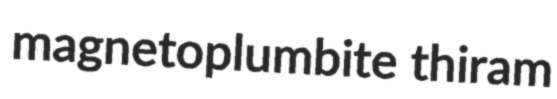
magnetoplumbite thiram